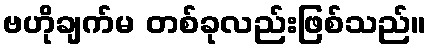
ဗဟိုချက်မ တစ်ခုလည်းဖြစ်သည်။